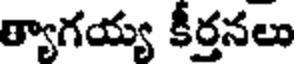
త్యాగయ్య కీర్తనలు